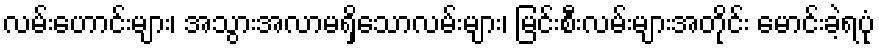
လမ်းဟောင်းများ၊ အသွားအလာမရှိသောလမ်းများ၊ မြင်းစီးလမ်းများအတိုင်း မောင်းခဲ့ရပုံ